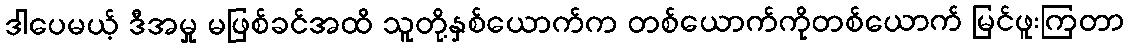
ဒါပေမယ့် ဒီအမှု မဖြစ်ခင်အထိ သူတို့နှစ်ယောက်က တစ်ယောက်ကိုတစ်ယောက် မြင်ဖူးကြတာ